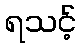
ရသင့်